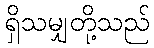
ရှိသမျှတို့သည်